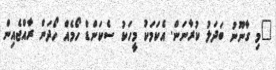
"މި ގާނޫނު ބަދަލު ކުރާނަން. އެކަމަކު މީހަކު ސެކަންޑް ހޯމެއް ހޯދަން ރާއްޖެއިން